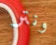
ونتر